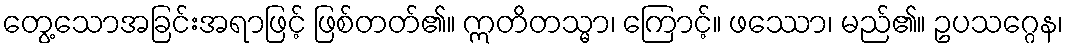
တွေ့သောအခြင်းအရာဖြင့် ဖြစ်တတ်၏။ ဣတိတသ္မာ၊ ကြောင့်။ ဖဿော၊ မည်၏။ ဥပသဂ္ဂေန၊